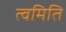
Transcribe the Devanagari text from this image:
त्वमिति